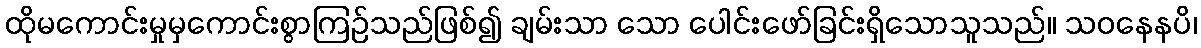
ထိုမကောင်းမှုမှကောင်းစွာကြဉ်သည်ဖြစ်၍ ချမ်းသာ သော ပေါင်းဖော်ခြင်းရှိသောသူသည်။ သဝနေနပိ၊